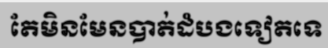
តែមិនមែនបាត់ដំបងទៀតទេ